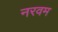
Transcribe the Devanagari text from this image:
नरवम